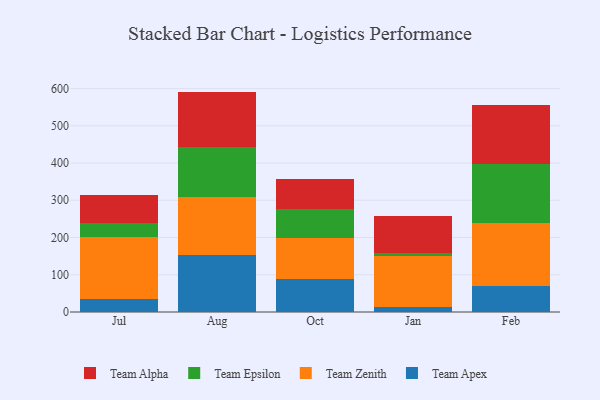
{"axis": {"x": "Month", "y": "Waste Production (Tons)"}, "legend": ["Team Alpha", "Team Apex", "Team Epsilon", "Team Zenith"], "data": [{"x": "Jul", "y": 34.9, "type": "Team Apex"}, {"x": "Jul", "y": 166.4, "type": "Team Zenith"}, {"x": "Jul", "y": 37.4, "type": "Team Epsilon"}, {"x": "Jul", "y": 76.2, "type": "Team Alpha"}, {"x": "Aug", "y": 152.7, "type": "Team Apex"}, {"x": "Aug", "y": 154.8, "type": "Team Zenith"}, {"x": "Aug", "y": 134.9, "type": "Team Epsilon"}, {"x": "Aug", "y": 149.4, "type": "Team Alpha"}, {"x": "Oct", "y": 87.4, "type": "Team Apex"}, {"x": "Oct", "y": 110.7, "type": "Team Zenith"}, {"x": "Oct", "y": 77.7, "type": "Team Epsilon"}, {"x": "Oct", "y": 80.7, "type": "Team Alpha"}, {"x": "Jan", "y": 12.2, "type": "Team Apex"}, {"x": "Jan", "y": 137.7, "type": "Team Zenith"}, {"x": "Jan", "y": 9.1, "type": "Team Epsilon"}, {"x": "Jan", "y": 97.8, "type": "Team Alpha"}, {"x": "Feb", "y": 70.5, "type": "Team Apex"}, {"x": "Feb", "y": 168.1, "type": "Team Zenith"}, {"x": "Feb", "y": 158.1, "type": "Team Epsilon"}, {"x": "Feb", "y": 158.2, "type": "Team Alpha"}]}